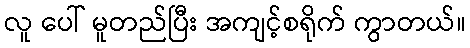
လူ ပေါ် မူတည်ပြီး အကျင့်စရိုက် ကွာတယ်။